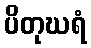
ပိတုဃရံ